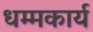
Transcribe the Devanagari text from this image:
धम्मकार्य